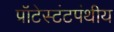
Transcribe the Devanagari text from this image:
प्रॉटेस्टंटपंथीय